Report on sanitation, dispensaries, and jails in Rajputana for 1913, and on vaccination for the year 1913-1914 - 1913-1914
Year: 1913
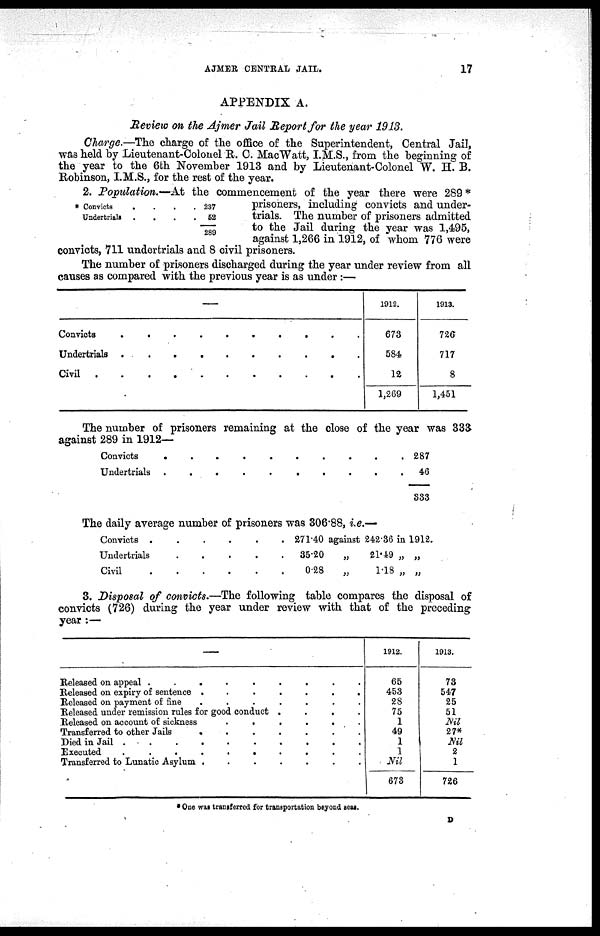
AJMER CENTRAL JAIL.
17
APPENDIX A.
Review on the Ajmer Jail Report for the year 1913.
Charge.—The charge of the office of the Superintendent, Central Jail,
was held by Lieutenant-Colonel R. C. MacWatt, I.M.S., from the beginning of
the year to the 6th November 1913 and by Lieutenant-Colonel W. H. B.
Robinson, I.M.S., for the rest of the year.
* Convicts
.
.
.
.
Undertrials
.
.
.
.
237
52
289
2. Population.—At the commencement of the year there were 289*
prisoners, including convicts and under-
trials. The number of prisoners admitted
to the Jail during the year was 1,495,
against 1,266 in 1912, of whom 776 were
convicts, 711 undertrials and 8 civil prisoners.
The number of prisoners discharged during the year under review from all
causes as compared with the previous year is as under :—
—
Convicts . . . . .
Undertrials . . . . . .
Civil . . . . .
1912.
673
584
12
1,269
1913.
726
717
8
1,451
The number of prisoners remaining at the close of the year was 333
against 289 in 1912—
Convicts . . . . .
Undertrials . . . . . .
287
46
333
The daily average number of prisoners was 306.88, i.e.—
Convicts
.
.
.
.
.
Undertrials . . . . . .
Civil
.
.
.
.
.
271.40 against 242.36 in 1912.
35.20
„
21.49 „ „
0.28
„
1.18 „ „
3. Disposal of convicts.—The following table compares the disposal of
convicts (726) during the year under review with that of the preceding
year :—
—
Released on appeal
.
.
.
.
.
.
.
.
Released on expiry of sentence . . . . . .
Released on payment of fine
.
.
.
.
.
.
Released under remission rules for good conduct
.
.
.
.
Released on account of sickness
.
.
.
.
.
Transferred to other Jails
.
.
.
.
.
.
.
Died in Jail
.
.
.
.
.
.
Executed
.
.
.
.
.
.
.
Transferred to Lunatic Asylum
.
.
.
.
.
.
1912.
65
453
28
75
1
49
1
1
Nil
673
1913.
73
547
25
51
Nil 27*
Nil
2
1
726
* One was transferred for transportation beyond seas.
D